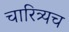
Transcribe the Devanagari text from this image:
चारित्र्यच